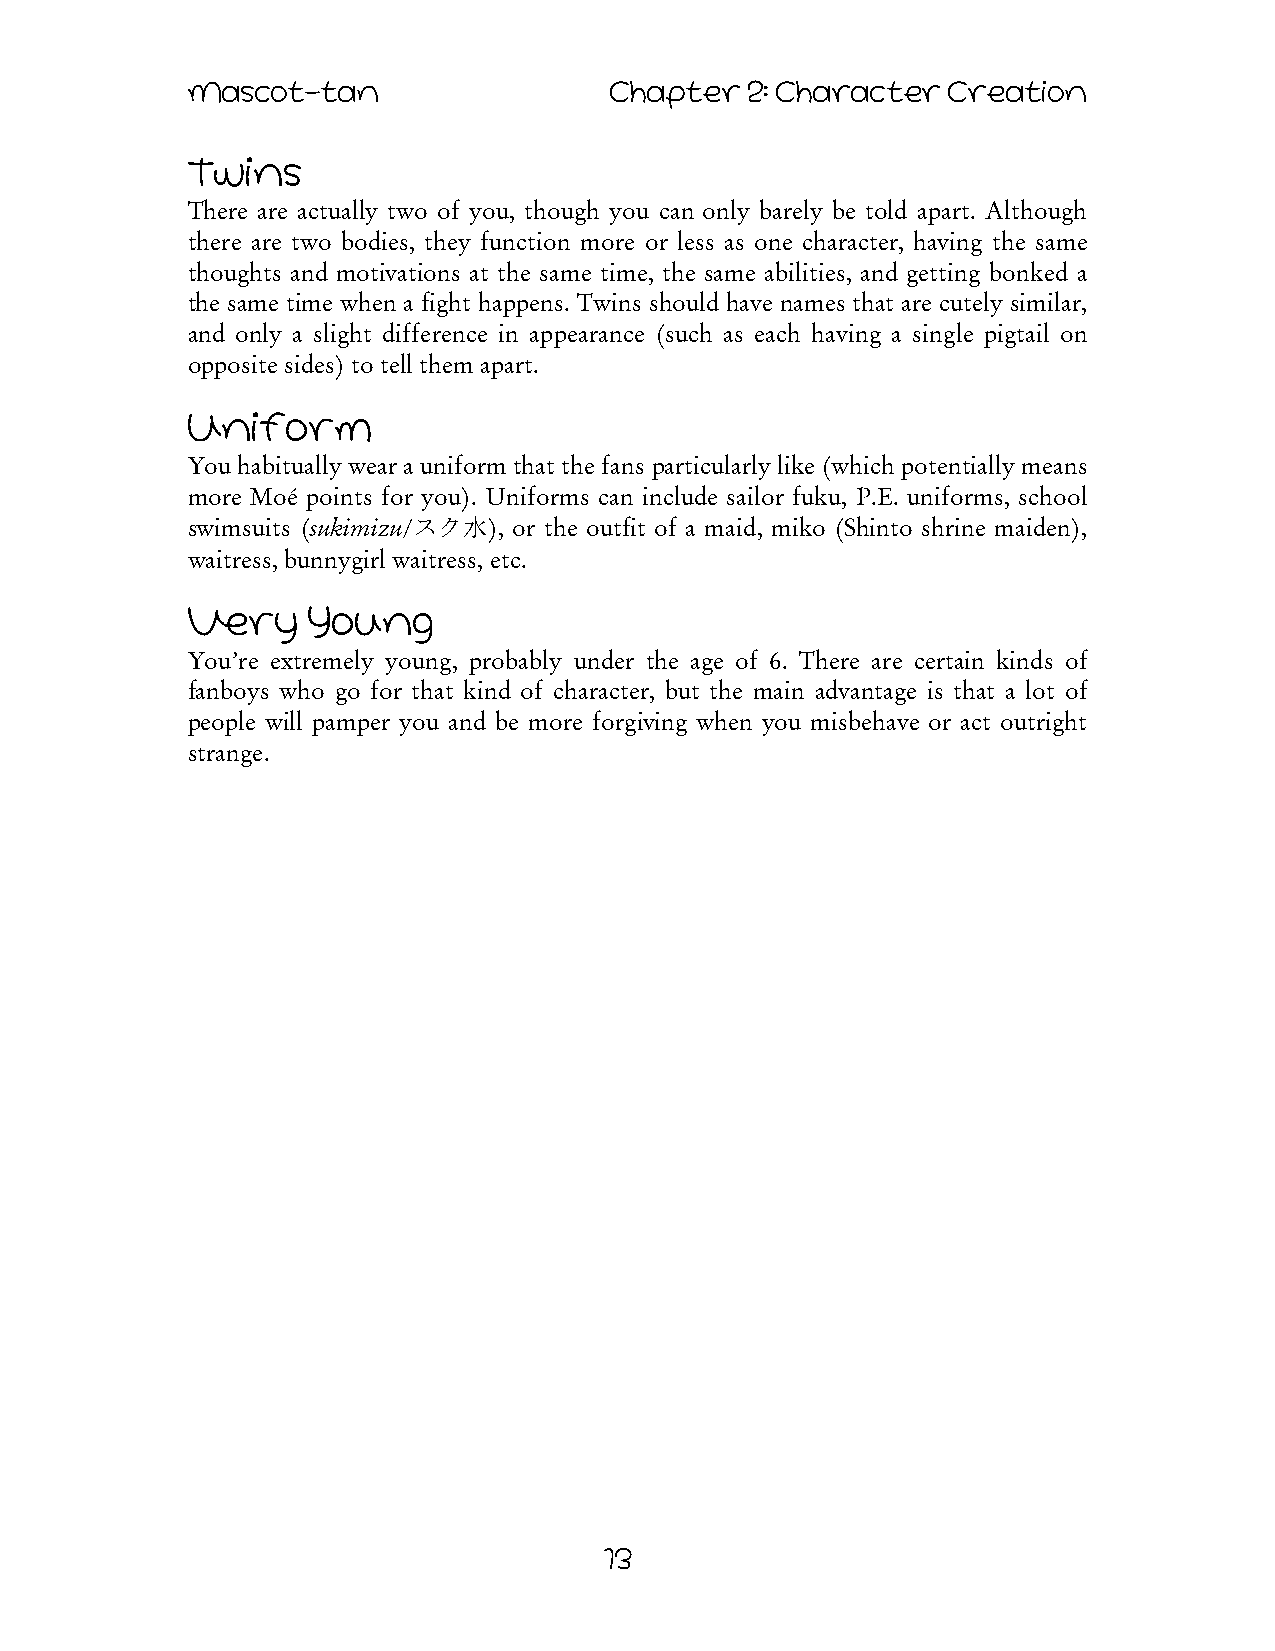
Mascot-tan                  Chapter   2: Character Creation
 Twins
 There are actually two of you, though you can only barely be told apart. Although
 there are two bodies, they function more or less as one character, having the same
 thoughts and motivations at the same time, the same abilities, and getting bonked a
 the same time when a fight happens. Twins should have names that are cutely similar,
 and only a slight difference in appearance (such as each having a single pigtail on
 opposite sides) to tell them apart.
 Uniform
 You habitually wear a uniform that the fans particularly like (which potentially means
 more Moé points for you). Uniforms can include sailor fuku, P.E. uniforms, school
 swimsuits (sukimizu/スク水), or the outfit of a maid, miko (Shinto shrine maiden),
 waitress, bunnygirl waitress, etc.
 Very    Young
 You’re extremely young, probably under the age of 6. There are certain kinds of
 fanboys who go for that kind of character, but the main advantage is that a lot of
 people will pamper you and be more forgiving when you misbehave or act outright
 strange.
 13